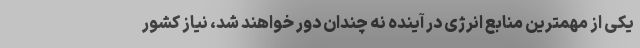
یکی از مهمترین منابع انرژی در آینده نه چندان دور خواهند شد، نیاز کشور